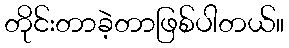
တိုင်းတာခဲ့တာဖြစ်ပါတယ်။